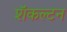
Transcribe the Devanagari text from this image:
शॅकल्टन